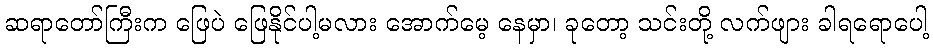
ဆရာတော်ကြီးက ဖြေပဲ ဖြေနိုင်ပါ့မလား အောက်မေ့ နေမှာ၊ ခုတော့ သင်းတို့ လက်ဖျား ခါရရောပေါ့